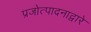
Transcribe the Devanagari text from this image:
प्रजोत्पादनाद्वारे